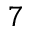
7